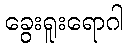
ခွေးရူးရောဂါ